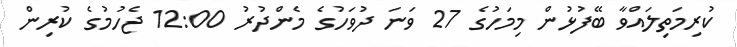
ކުރިމަތިލައްވާ ބޭފުޅުން މިމަހުގެ 27 ވަނަ ދުވަހުގެ މެންދުރު 12:00 ޖެހުމުގެ ކުރިން